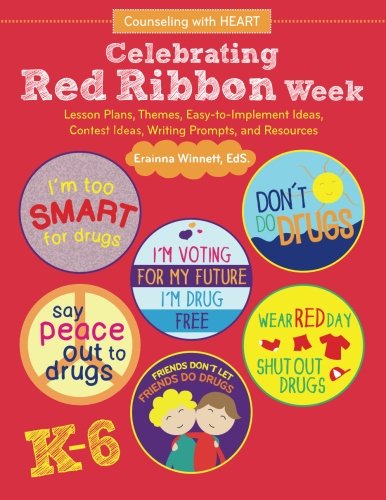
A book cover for Celebrating Red Ribbon Week; Erainna Winnett; Politics & Social Sciences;